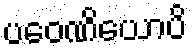
ပဝေဏိယောပိ